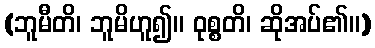
(ဘူမီတိ၊ ဘူမိဟူ၍။ ဝုစ္စတိ၊ ဆိုအပ်၏။)